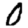
Digit: 0